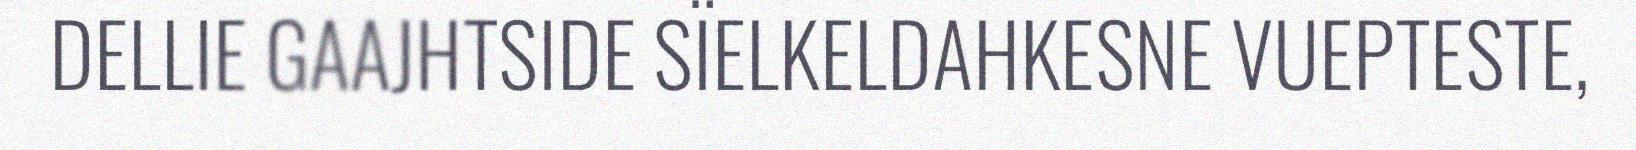
DELLIE GAAJHTSIDE SÏELKELDAHKESNE VUEPTESTE,